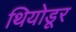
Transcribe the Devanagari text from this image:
थियोडूर